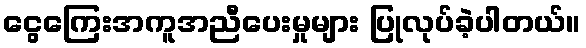
ငွေကြေးအကူအညီပေးမှုများ ပြုလုပ်ခဲ့ပါတယ်။